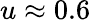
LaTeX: u\approx 0.6